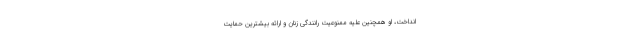
انداخت، او همچنین علیه ممنوعیت رانندگی زنان و ارائه بیشترین حمایت